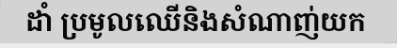
ដាំ ប្រមូលឈើនិងសំណាញ់យក